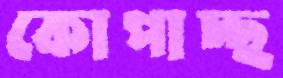
কোপাচ্ছ